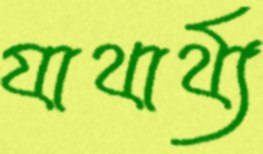
যাথার্থ্য